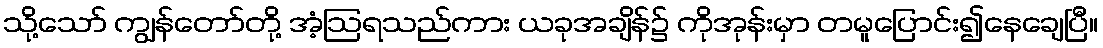
သို့သော် ကျွန်တော်တို့ အံ့ဩရသည်ကား ယခုအချိန်၌ ကိုအုန်းမှာ တမူပြောင်း၍နေချေပြီ။